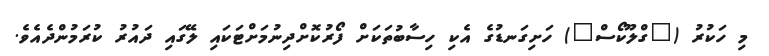
މި ހަކުރު ("ގްލޫކޯސް") ހަށިގަނޑުގެ އެކި ހިސާބުތަކަށް ފޯރުކޮށްދިނުމަށްޓަކައި ލޭގައި ދައުރު ކުރަމުންދެއެވެ.